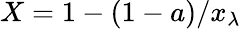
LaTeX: X=1-(1-a)/x_{\lambda}